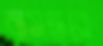
বাসভরে